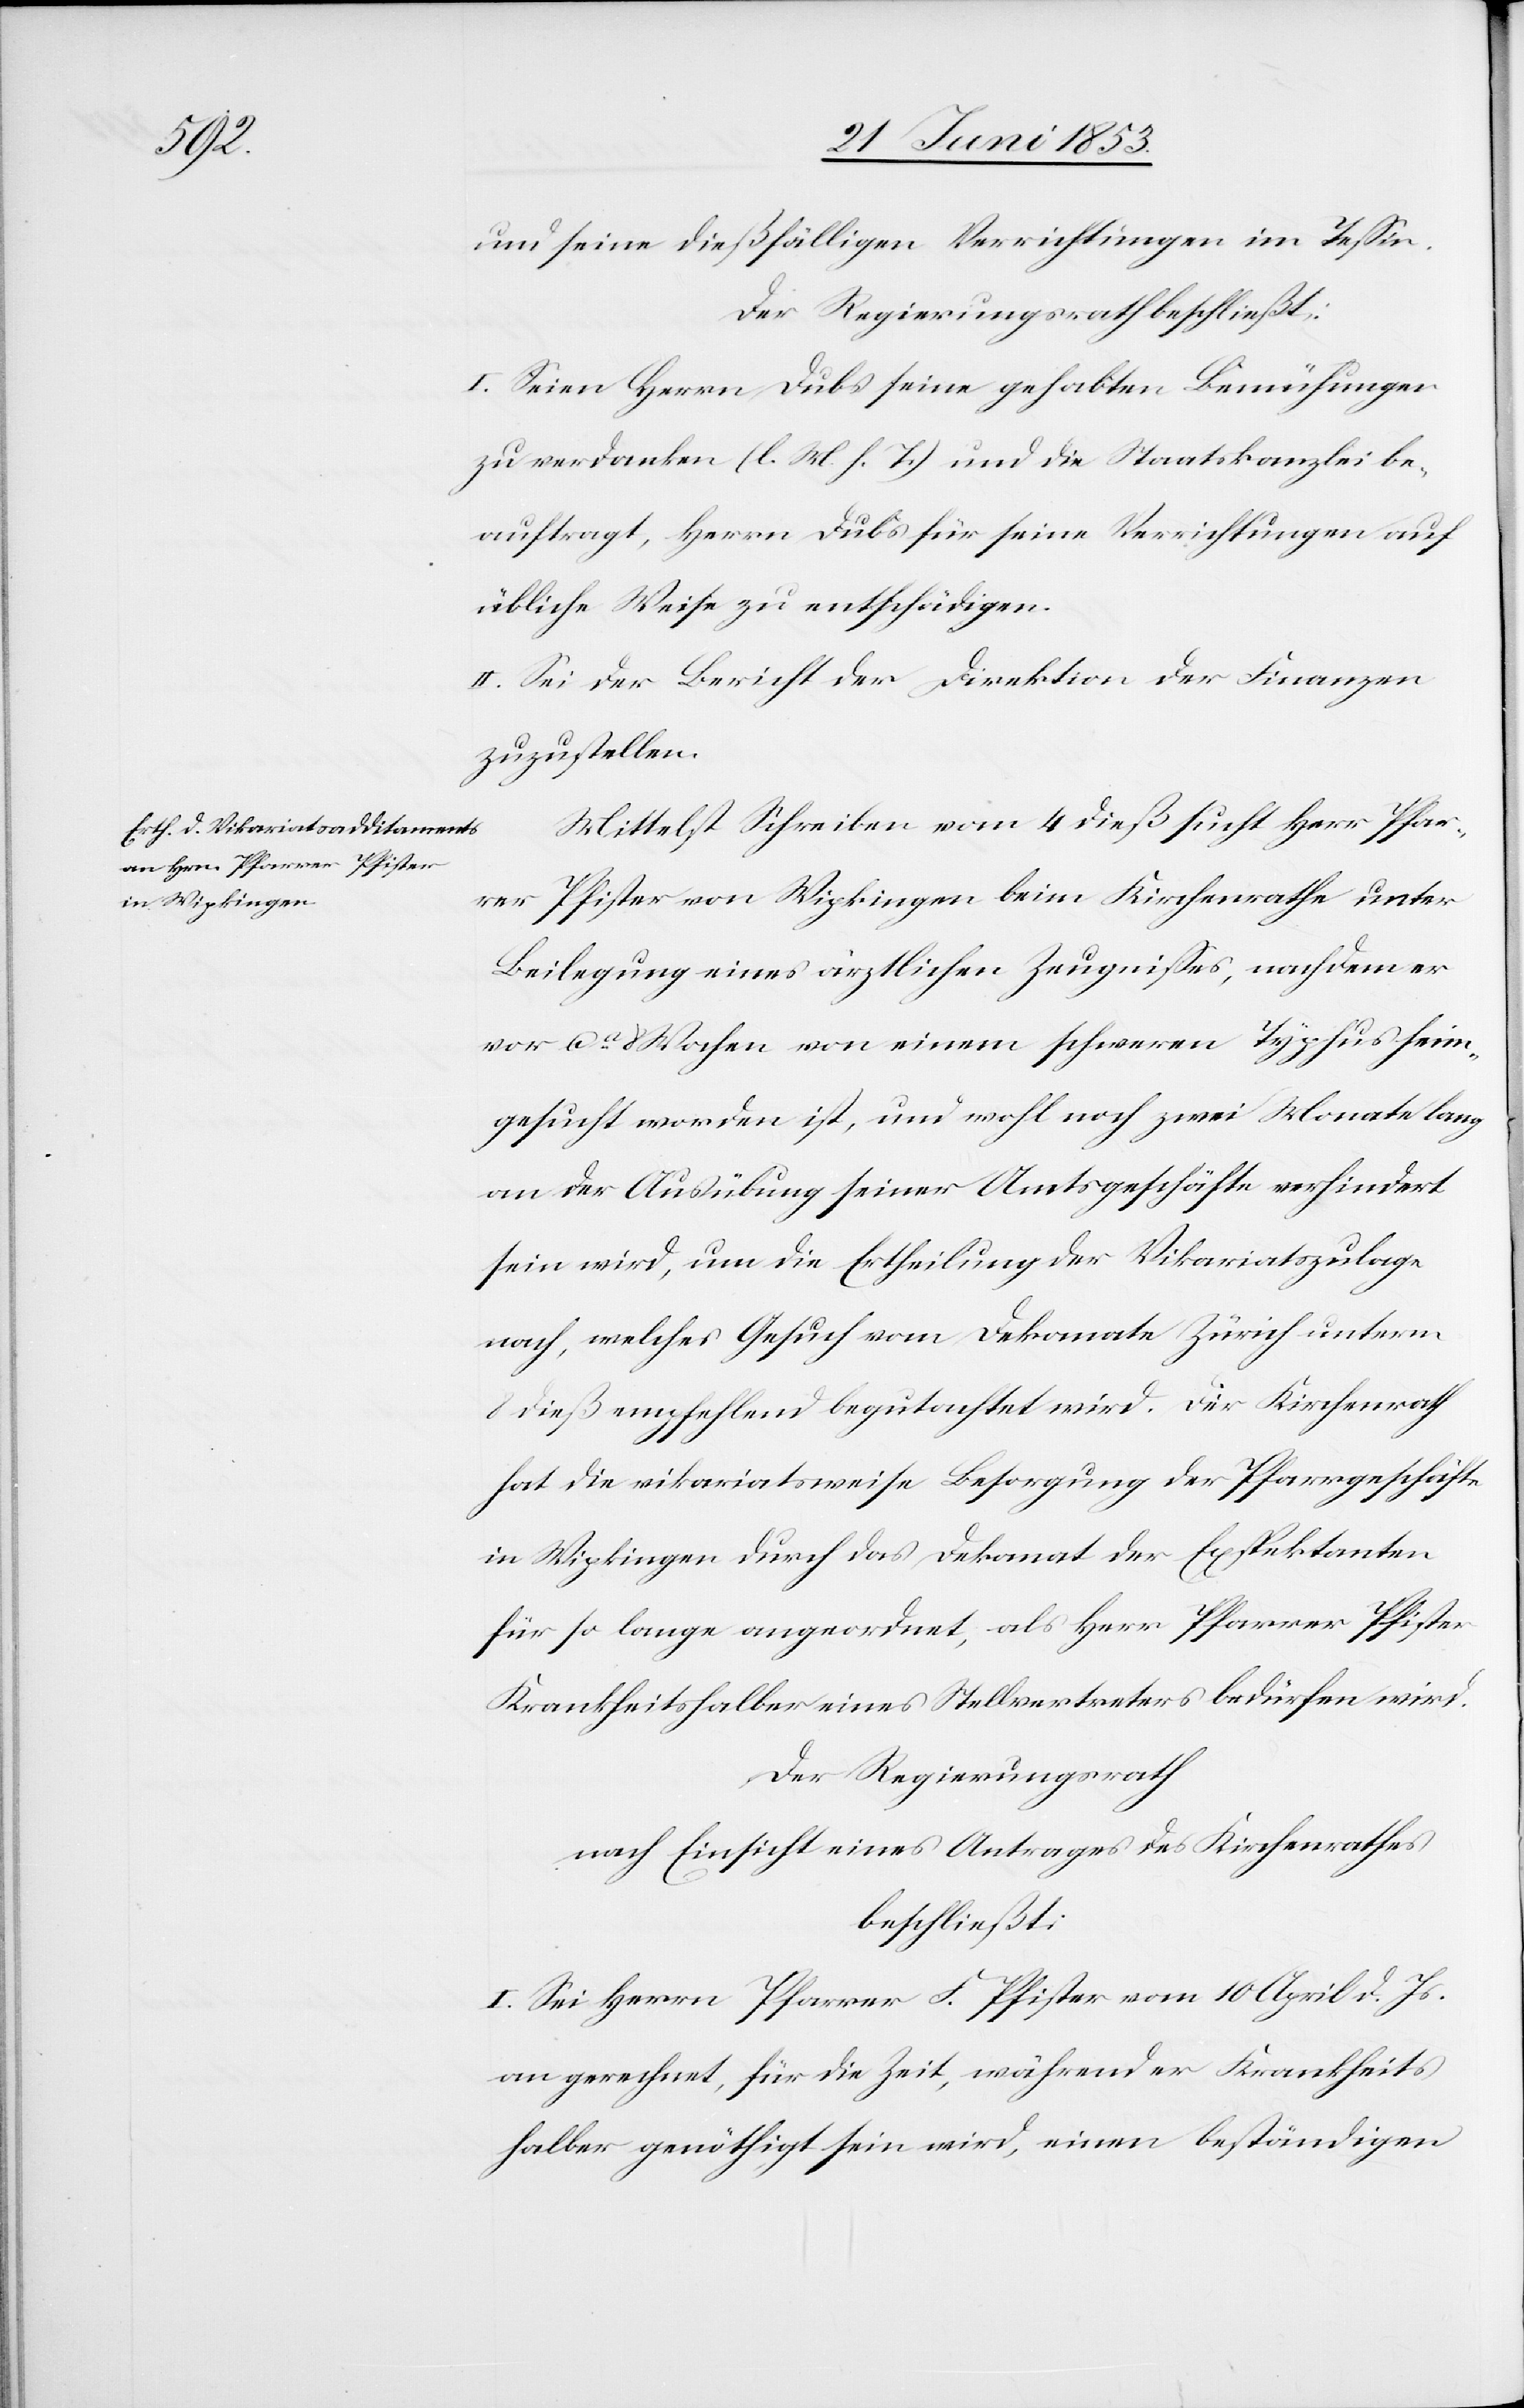
Js.

und seine dießfälligen Verrichtungen im Teßin.
Der Regierungsrath beschließt:
I. Seien Herrn Dubs seine gehabten Bemühungen
zu verdanken [l. M. h. T] und die Staatskanzlei be¬
auftragt, Herrn Dubs für seine Verrichtungen auf
übliche Weise zu entschädigen.
II. Sei der Bericht der Direktion der Finanzen
zuzustellen.
Mittelst Schreiben vom 4 dieß sucht Herr Pfar¬
rer Pfister von Wipkingen, beim Kirchenrathe unter
Bedingung eines ärztlichen Zeugnißes, nachdem er
vor ca. 8 Wochen von einem schweren Typhus heim¬
gesucht worden ist, und wohl noch zwei Monate lang
an der Ausübung seiner Amtsgeschäfte verhindert
sein wird, um die Ertheilung der Vikariatszulage
nach, welches Gesuch vom Dekanate Zürich unterm
8 dieß empfehlend begutachtet wird. Der Kirchenrath
hat die vikariatsweise Besorgung der Pfarrergeschäfte
in Wipkingen durch das Dekanat der Expektanten
für so lange angeordnet, als Herr Pfarrer Pfister
krankheitshalber eines Stellvertreters bedürfen wird.
Der Regierungsrath
nach Einsicht eines Antrages des Kirchenrathes
beschließt:
an gerechnet, für die Zeit, während er krankheits¬
halber genöthigt sein wird, einen beständigen